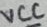
Text: VCC